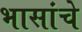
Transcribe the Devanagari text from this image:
भासांचे